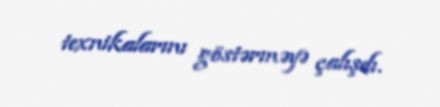
texnikalarını göstərməyə çalışdı.